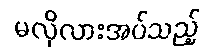
မလိုလားအပ်သည့်